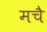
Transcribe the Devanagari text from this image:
मचै